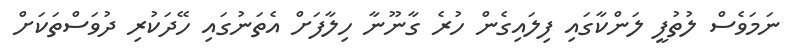
ނަމަވެސް ލުތުފީ ލަންކާގައި ފިލައިގެން ހުރެ ގާނޫނާ ހިލާފަށް އެތަނުގައި ހޭދަކުރި ދުވަސްތަކަށް